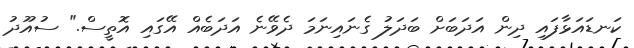
ކަނޑައަޅާފައި ދިން އަދަބަށް ބަދަލު ގެނައިނަމަ ދެވޭނެ އަދަބެއް އޭގައި އޮތީސް." ސުއޫދު